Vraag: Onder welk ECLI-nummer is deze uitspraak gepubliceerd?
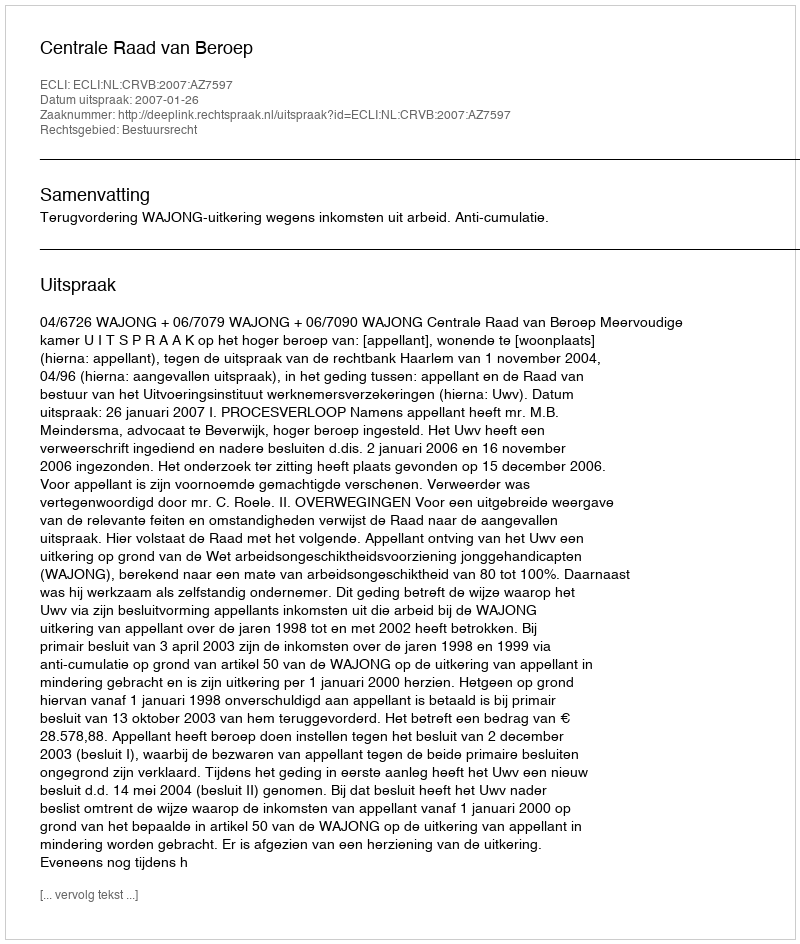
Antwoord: ECLI:NL:CRVB:2007:AZ7597